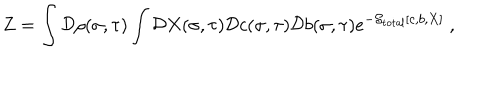
Z = \int { \cal D } \rho ( \sigma , \tau ) \int { \cal D } X ( \sigma , \tau ) { \cal D } c ( \sigma , \tau ) { \cal D } b ( \sigma , \tau ) e ^ { - { \cal S } _ { \mathrm { t o t a l } } [ c , b , X ] } ~ ,